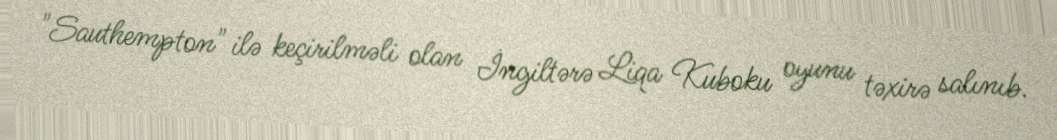
"Sauthempton" ilə keçirilməli olan İngiltərə Liqa Kuboku oyunu təxirə salınıb.